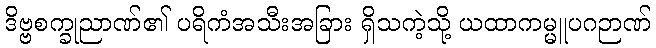
ဒိဗ္ဗစက္ခုညာဏ်၏ ပရိကံအသီးအခြား ရှိသကဲ့သို့ ယထာကမ္မူပဂဉာဏ်